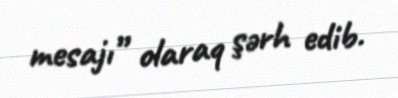
mesajı” olaraq şərh edib.